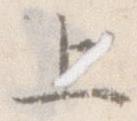
上